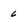
Character: 6